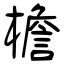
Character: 檐